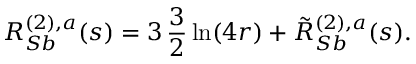
R _ { S b } ^ { ( 2 ) , a } ( s ) = 3 \, \frac { 3 } { 2 } \ln ( 4 r ) + \tilde { R } _ { S b } ^ { ( 2 ) , a } ( s ) .